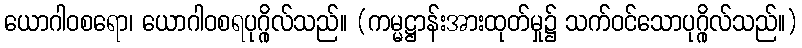
ယောဂါဝစရော၊ ယောဂါဝစရပုဂ္ဂိုလ်သည်။ (ကမ္မဋ္ဌာန်းအားထုတ်မှု၌ သက်ဝင်သောပုဂ္ဂိုလ်သည်။)